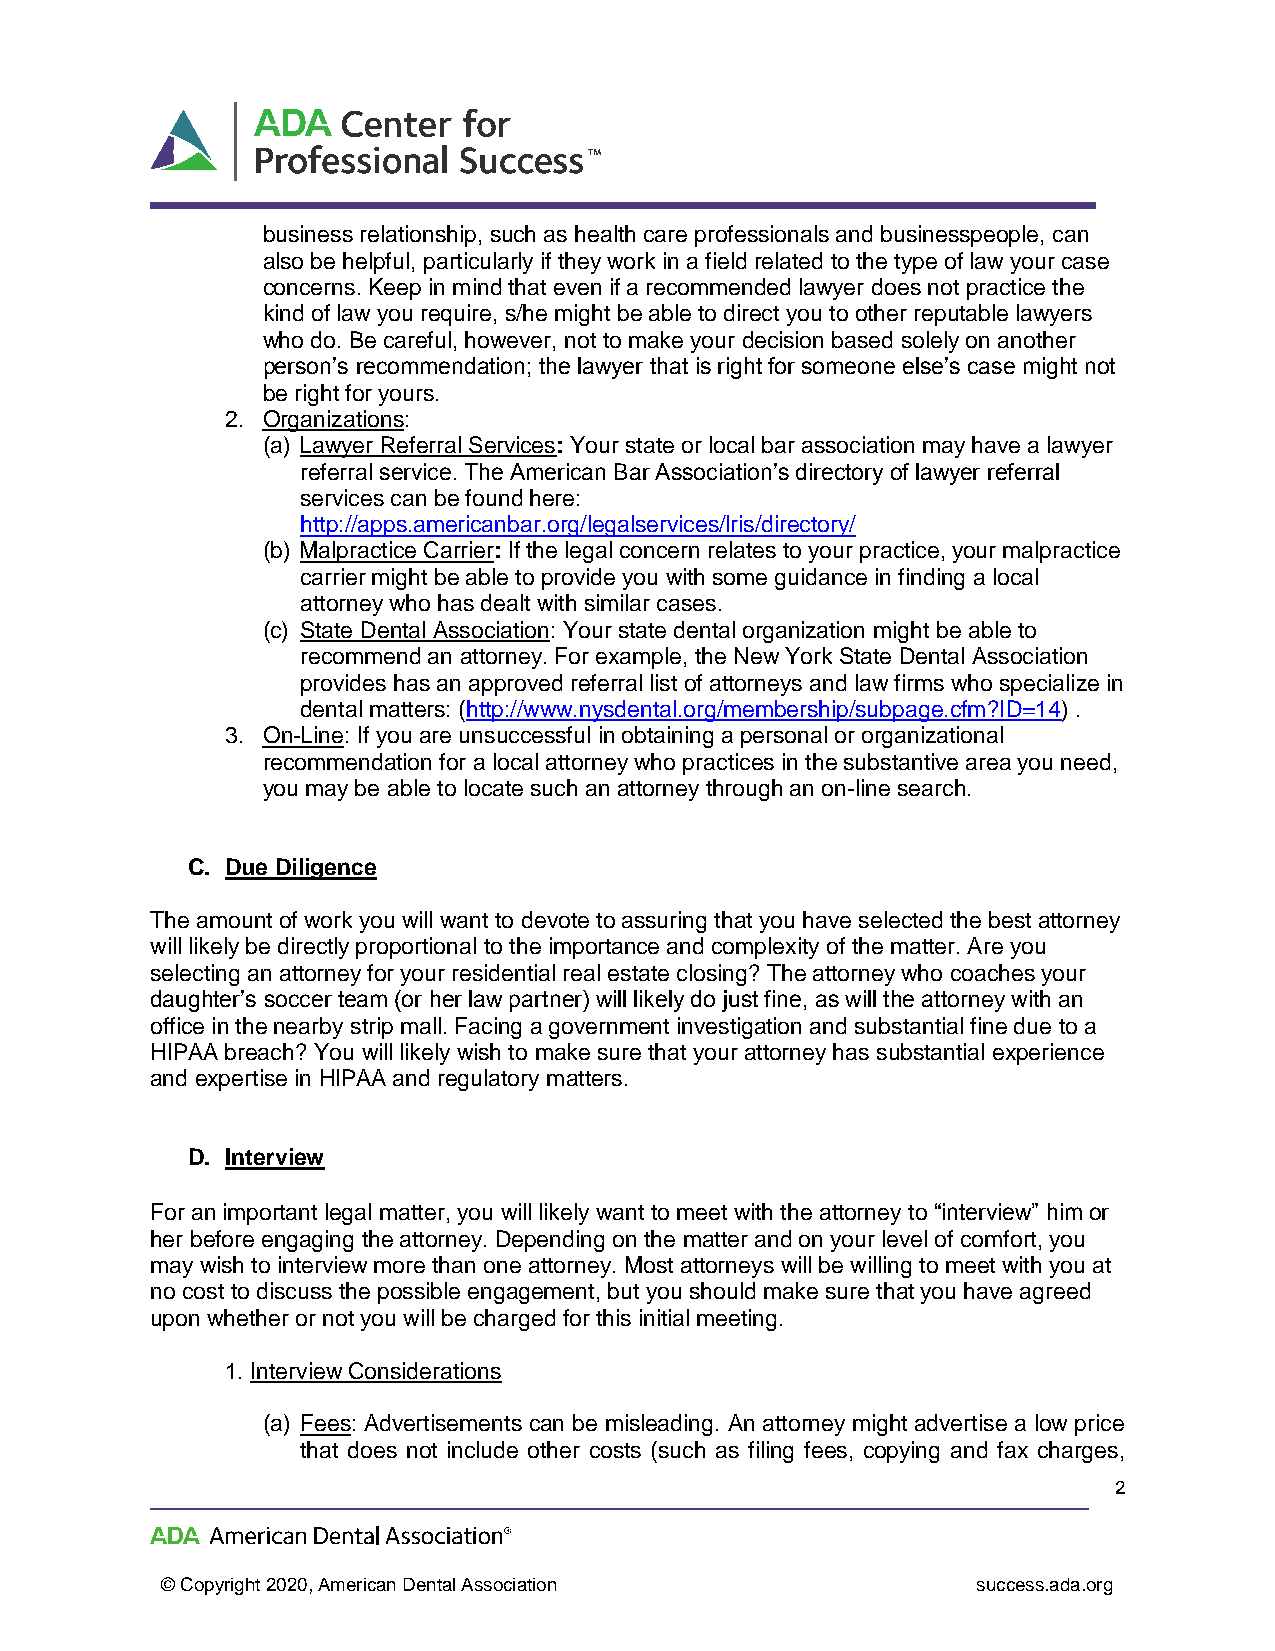
business relationship, such as health care professionals and businesspeople, can
 also be helpful, particularly if they work in a field related to the type of law your case
 concerns. Keep in mind that even if a recommended lawyer does not practice the
 kind of law you require, s/he might be able to direct you to other reputable lawyers
 who do. Be careful, however, not to make your decision based solely on another
 person’s recommendation; the lawyer that is right for someone else’s case might not
 be right for yours.
 2. Organizations:
 (a) Lawyer Referral Services: Your state or local bar association may have a lawyer
 referral service. The American Bar Association’s directory of lawyer referral
 services can be found here:
 http://apps.americanbar.org/legalservices/lris/directory/
 (b) Malpractice Carrier: If the legal concern relates to your practice, your malpractice
 carrier might be able to provide you with some guidance in finding a local
 attorney who has dealt with similar cases.
 (c) State Dental Association: Your state dental organization might be able to
 recommend an attorney. For example, the New York State Dental Association
 provides has an approved referral list of attorneys and law firms who specialize in
 dental matters: (http://www.nysdental.org/membership/subpage.cfm?ID=14) .
 3. On-Line: If you are unsuccessful in obtaining a personal or organizational
 recommendation for a local attorney who practices in the substantive area you need,
 you may be able to locate such an attorney through an on-line search.
 C. Due Diligence
 The amount of work you will want to devote to assuring that you have selected the best attorney
 will likely be directly proportional to the importance and complexity of the matter. Are you
 selecting an attorney for your residential real estate closing? The attorney who coaches your
 daughter’s soccer team (or her law partner) will likely do just fine, as will the attorney with an
 office in the nearby strip mall. Facing a government investigation and substantial fine due to a
 HIPAA breach? You will likely wish to make sure that your attorney has substantial experience
 and expertise in HIPAA and regulatory matters.
 D. Interview
 For an important legal matter, you will likely want to meet with the attorney to “interview” him or
 her before engaging the attorney. Depending on the matter and on your level of comfort, you
 may wish to interview more than one attorney. Most attorneys will be willing to meet with you at
 no cost to discuss the possible engagement, but you should make sure that you have agreed
 upon whether or not you will be charged for this initial meeting.
 1. Interview Considerations
 (a) Fees: Advertisements can be misleading. An attorney might advertise a low price
 that does not include other costs (such as filing fees, copying and fax charges,
 2
 © Copyright 2020, American Dental Association         success.ada.org